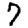
Digit: 7